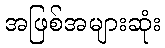
အဖြစ်အများဆုံး